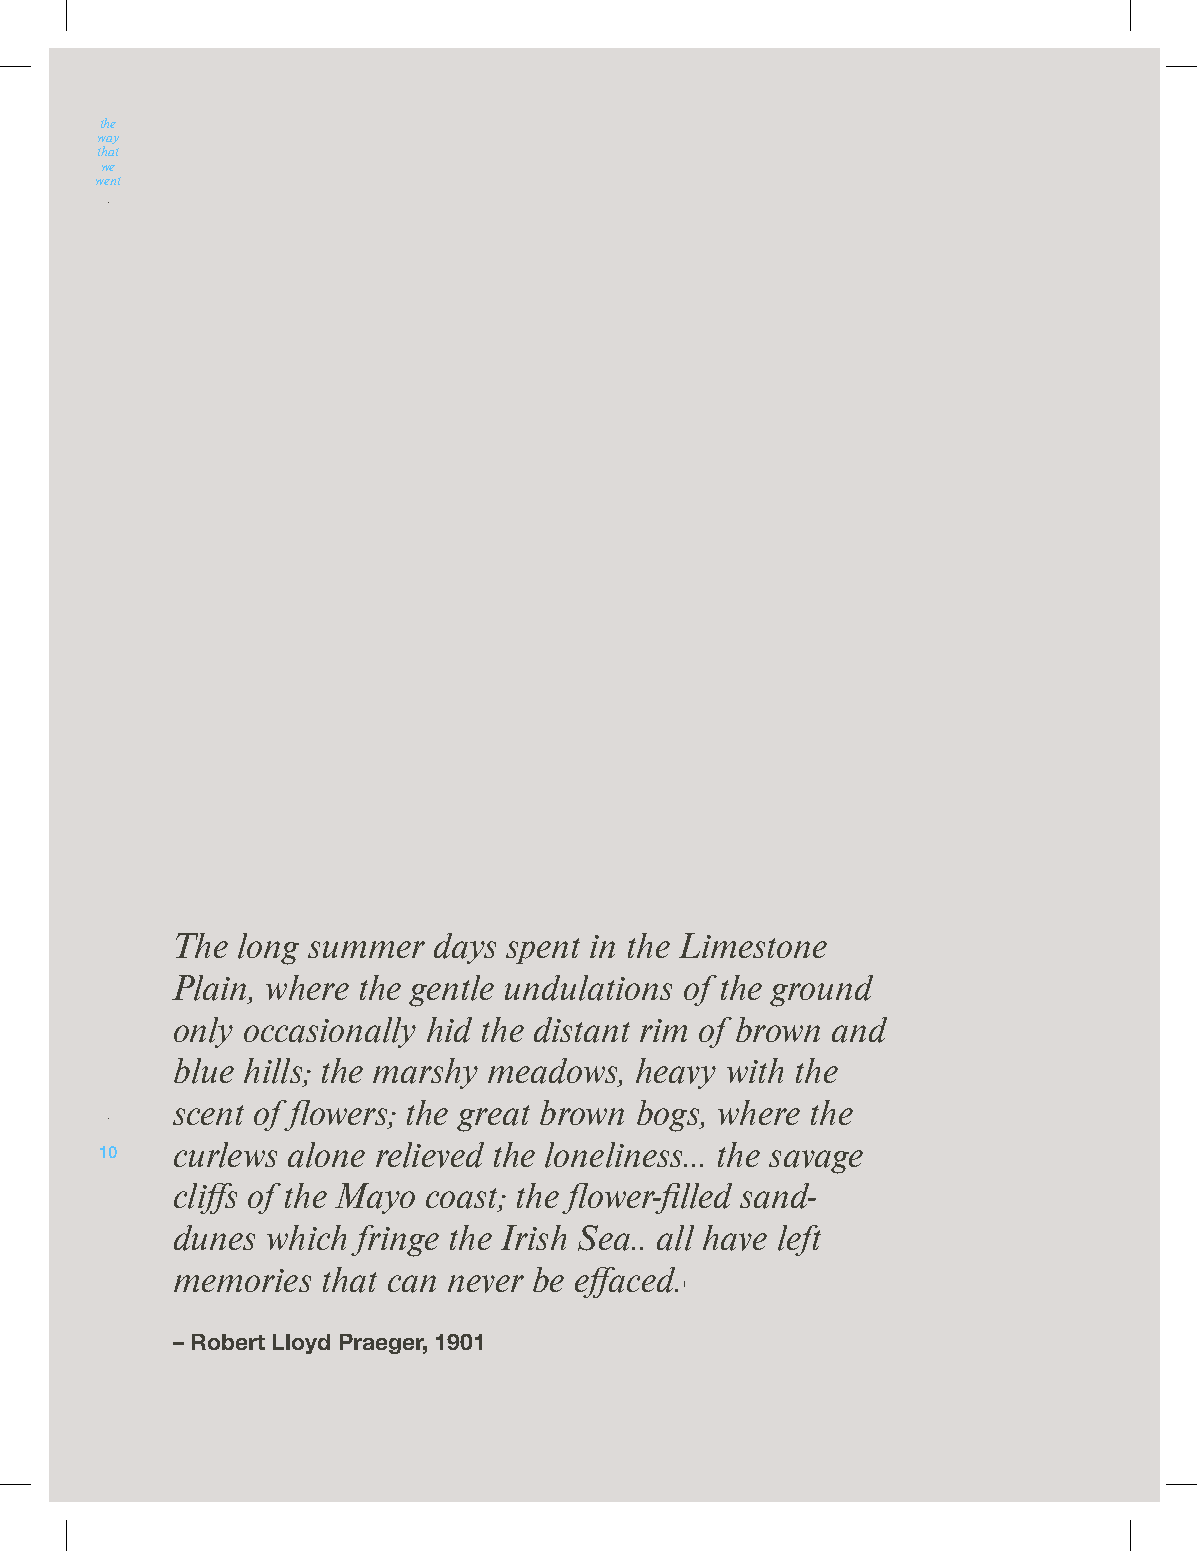
the
 way
 that
 we
 went
 The  long summer  days spent in the Limestone
 Plain, where the gentle undulations of the ground
 only occasionally hid the distant rim of brown and
 blue hills; the marshy meadows, heavy with the
 scent of flowers; the great brown bogs, where the
 10  curlews alone relieved the loneliness… the savage
 cliffs of the Mayo coast; the flower-filled sand-
 dunes  which fringe the Irish Sea.. all have left
 memories  that can never be effaced.
 1
 – Robert Lloyd Praeger, 1901